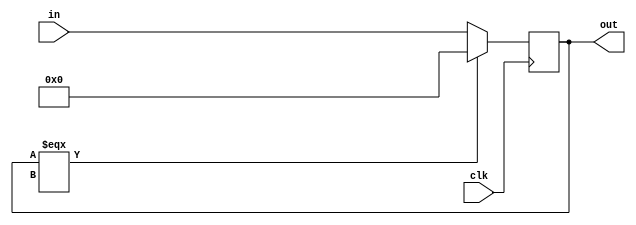
module TTbitReg (clk, in, out);
    input   clk;
    input	[31:0]	in;
    output 	[31:0] 	out;
    reg 	[31:0]	out;

    always @(posedge clk)
    begin
        if (out === 32'bX) out <= 32'd0;
        else out <= in;
    end

endmodule


// module test13();
// reg clk,reset;
// reg [31:0] in;
//
// wire [31:0] out;
//
// TTbitReg test(clk,reset,in, out);
//
// initial begin
// 		clk=0;
// 		forever
// 		#5 clk = ~clk;
// 	end
//
//
//
// initial begin
// #0 in <= 32'd2;
// #0 reset <= 0;
// #5 reset <= 1;
// #5 reset <= 0;
// #5 in <= 32'd5;
//
//
// #15 $finish;
// end
//
// initial
// 		$monitor("time: %t in: %d  out: %d ",$time,in,out);
//
//
// endmodule